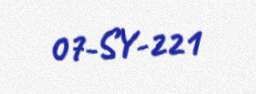
07-SY-221